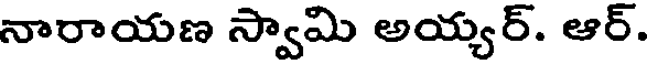
నారాయణ స్వామి అయ్యర్. ఆర్.